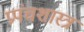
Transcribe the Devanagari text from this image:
प्रपंचशास्त्र